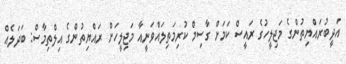
އަދީބުރައްޔިތުންގެ މަޖިލީހުގެ ރައީސް ކަމަށް ގާސިމް ކުރިމަތިލައްވަނީއާ މަޖިލީހަށް ރައްޔިތުންގެ އިލްތިމާސް: ބަދަލެއް